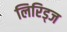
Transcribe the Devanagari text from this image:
लिरिड्ज